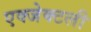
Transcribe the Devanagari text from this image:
एक्जेक्टली